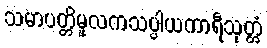
သမာပတ္တိမူလကသပ္ပါယကာရီသုတ္တံ